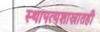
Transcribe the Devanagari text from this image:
स्थापत्यशास्रातही